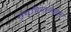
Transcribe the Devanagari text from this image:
सच्चिनानंदमन